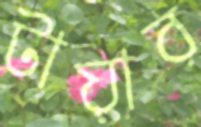
টায়ার